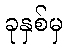
ခုနှစ်မှ